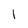
Character: I